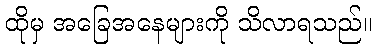
ထိုမှ အခြေအနေများကို သိလာရသည်။